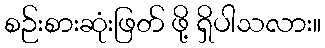
စဉ်းစားဆုံးဖြတ် ဖို့ ရှိပါသလား။